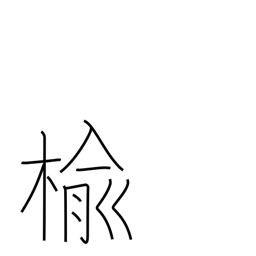
Meaning: elm